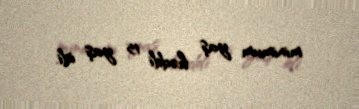
minimum yaş həddi 15 yaş idi.